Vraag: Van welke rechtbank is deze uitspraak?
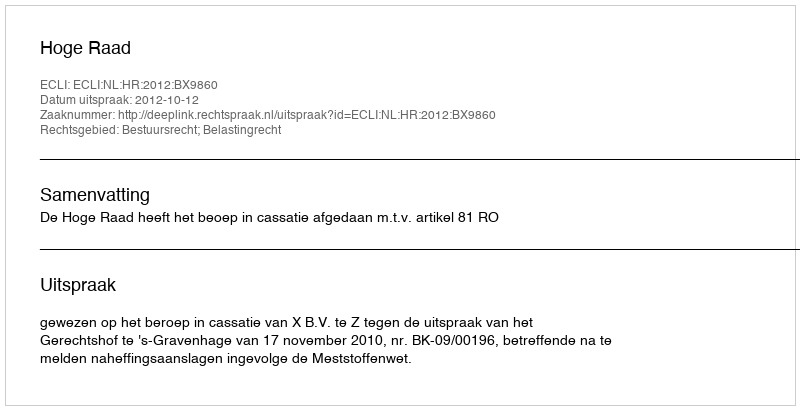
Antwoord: Hoge Raad